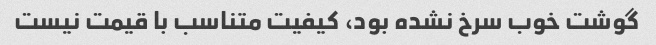
گوشت خوب سرخ نشده بود، کیفیت متناسب با قیمت نیست